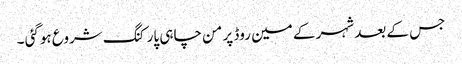
جس کے بعد شہر کے مین روڈ پر من چاہی پارکنگ شروع ہوگئی ۔